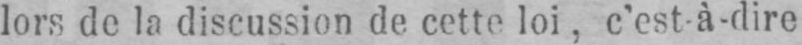
lors de la discussion de cette loi, c’est-à-dire